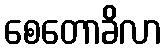
စေတောခိလာ